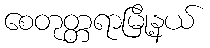
စေတုတ္တရာမြို့နယ်